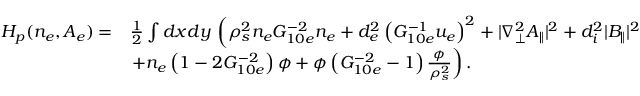
\begin{array} { r l } { H _ { p } ( n _ { e } , A _ { e } ) = } & { \frac { 1 } { 2 } \int d x d y \, \left( \rho _ { s } ^ { 2 } n _ { e } G _ { 1 0 e } ^ { - 2 } n _ { e } + d _ { e } ^ { 2 } \left( G _ { 1 0 e } ^ { - 1 } u _ { e } \right) ^ { 2 } + | \nabla _ { \perp } ^ { 2 } A _ { \parallel } | ^ { 2 } + d _ { i } ^ { 2 } | B _ { \parallel } | ^ { 2 } \right. } \\ & { \left. + n _ { e } \left( 1 - 2 G _ { 1 0 e } ^ { - 2 } \right) \phi + \phi \left( G _ { 1 0 e } ^ { - 2 } - 1 \right) \frac { \phi } { \rho _ { s } ^ { 2 } } \right) . } \end{array}